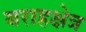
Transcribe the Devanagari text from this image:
बराहक्षेत्र